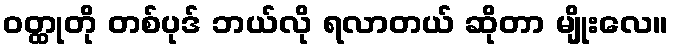
ဝတ္ထုတို တစ်ပုဒ် ဘယ်လို ရလာတယ် ဆိုတာ မျိုးလေ။